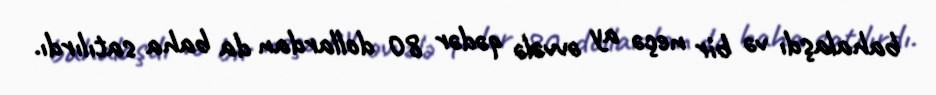
bahalaşdı və bir neçə ay əvvələ qədər 80 dollardan da baha satılırdı.